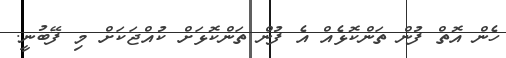
ހެން އޮތް ފުން ތަންކޮޅެއް އެ ފުން ތަންކޮޅަށް ކުއްޖަކަށް މި ފޭބުނީ.